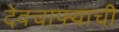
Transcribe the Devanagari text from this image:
देवचाफ्याची